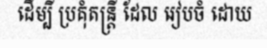
ដើម្បី ប្រគុំតន្ត្រី ដែល រៀបចំ ដោយ